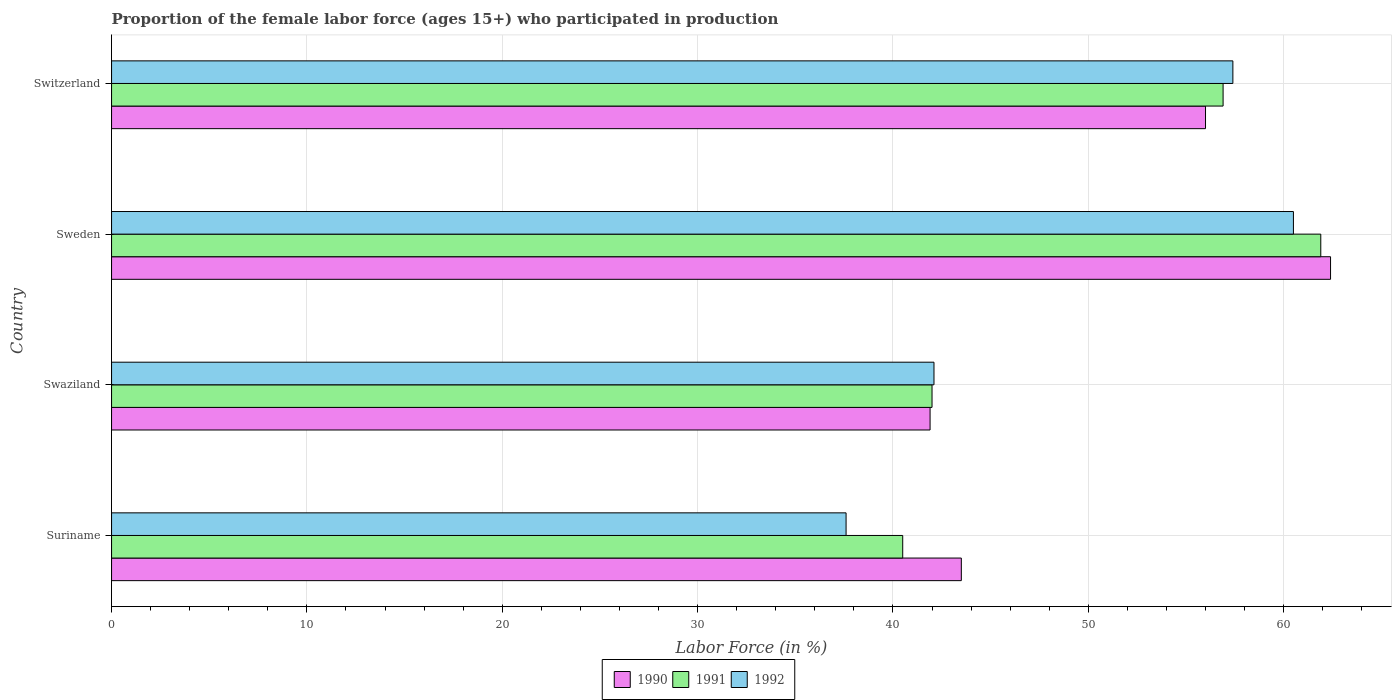
| Country | 1990 | 1991 | 1992 |
 | --- | --- | --- | --- |
 | Suriname | 43.5 | 40.5 | 37.6 |
 | Swaziland | 41.9 | 42 | 42.1 |
 | Sweden | 62.4 | 61.9 | 60.5 |
 | Switzerland | 56 | 56.9 | 57.4 |